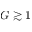
G \gtrsim 1